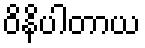
ဝိနိပါတာယ